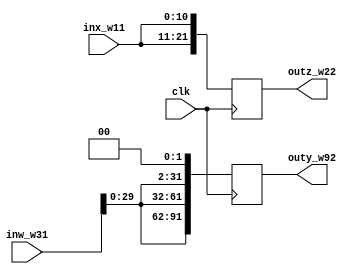
module sub_4 (
   outy_w92, outz_w22,
   clk, inw_w31, inx_w11
   );
   input        clk;
   input [30:0] inw_w31;
   input [10:0] inx_w11;
   output reg [91:0] outy_w92  ;
   output reg [21:0] outz_w22  ;
   always @(posedge clk) begin
      outy_w92 <= {inw_w31[29:0],inw_w31[29:0],inw_w31[29:0],2'b00};
      outz_w22 <= {inx_w11[10:0],inx_w11[10:0]};
   end
endmodule